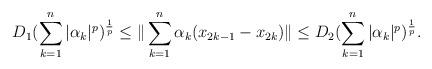
LaTeX: \begin{align*}D_{1}(\sum_{k=1}^{n}|\alpha_{k}|^{p})^{\frac{1}{p}}\leq \|\sum_{k=1}^{n}\alpha_{k}(x_{2k-1}-x_{2k})\|\leq D_{2}(\sum_{k=1}^{n}|\alpha_{k}|^{p})^{\frac{1}{p}}.\end{align*}